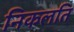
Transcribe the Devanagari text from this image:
निकलति